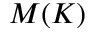
M ( K )